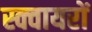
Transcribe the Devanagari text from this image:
स्क्वायरों